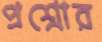
প্রশ্নোর